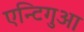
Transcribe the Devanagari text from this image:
एन्टिगुआ